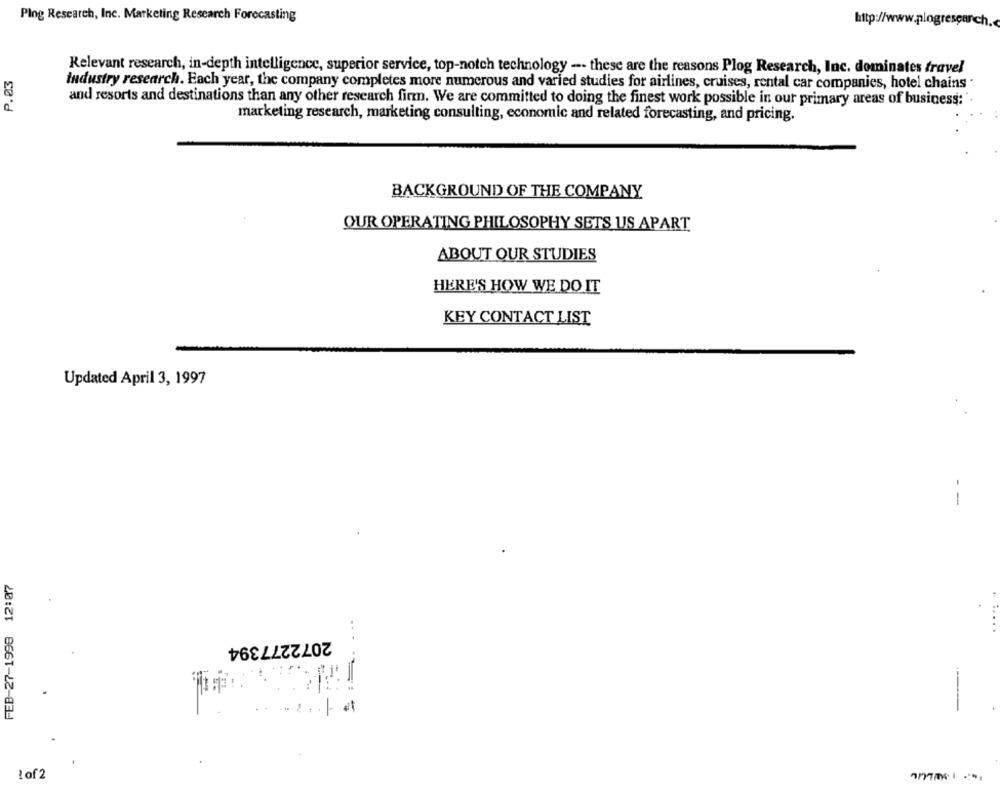
Ping Research, Inc. Marketing Research Forecasting
http://www.plogresearch.
Relevant research, in-depth intelligence, superior service, top-notch technology -- these are the reasons Plog Research, Inc. dominates travel
P.03
industry research. Each year, the company completes more numerous and varied studies for airlines, cruises, rental car companies, hotel chains .
and resorts and destinations than any other research firm. We are committed to doing the finest work possible in our primary areas of business:'
marketing research, marketing consulting, economic and related forecasting, and pricing.
BACKGROUND OF THE COMPANY
OUR OPERATING PHILOSOPHY SETS US APART
ABOUT OUR STUDIES
HERE'S HOW WE DO IT
KEY CONTACT LIST
Updated April 3, 1997
--
FEB-27-1998 12:07
2072277394
2
---
!of2